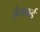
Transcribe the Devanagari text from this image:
ऐलफर्ड